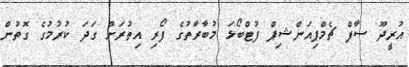
އުރީދޫ ސާފް ޗެމްޕިއަންޝިޕް ފުޓްބޯޅަ މުބާރާތުގެ ފޯރި އިތުރަށް ގަދަ ކުރުމުގެ ގޮތުން